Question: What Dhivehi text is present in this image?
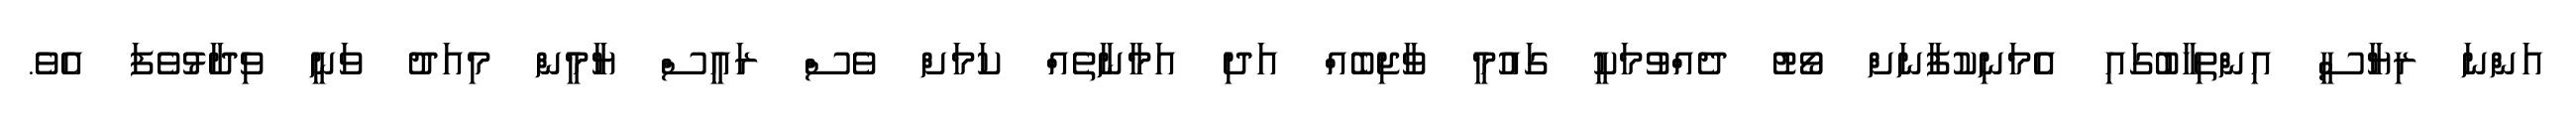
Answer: އަންނަ ރިޔާސީ އިންތިހާބުގައި އެމަނިކުފާނަށް ވޯޓު ދެއްވުމަކީ ގައުމީ ވާޖިބެއް އަދި އަމާނާތެއް ކަމަށް ވެސް ރައީސް ޔާމީން މިއަދު ވަނީ ވިދާޅުވެފަ އެވެ.